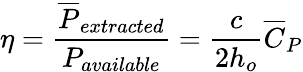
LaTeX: \eta=\frac{\overline{{P}}_{extracted}}{P_{available}}=\frac{c}{2h_{o}}\overline{{C}}_{P}